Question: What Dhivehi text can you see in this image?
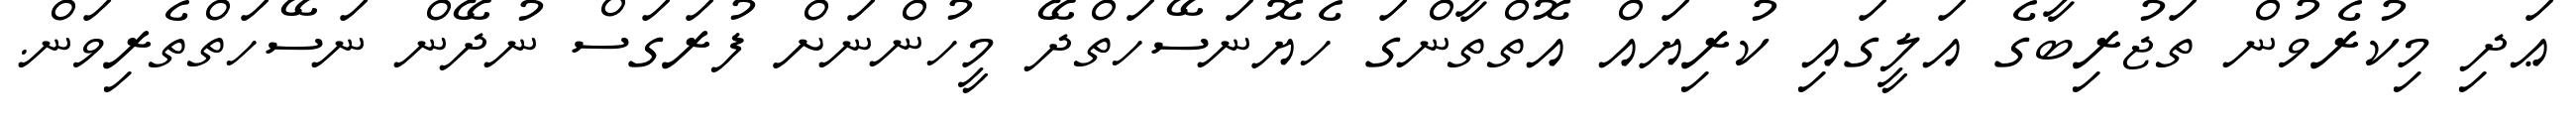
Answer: ޢަދި މިކުރެވުން ތަޖުރިބާގެ އަލީގައި ކުރިޔައް އޮތްތާންގަ ހެޔޮނަސޭހަތްދޭ މީހުންނަށް ފުރަގަސް ނުދޭން ނަސޭހަތްތެރިވަން.